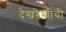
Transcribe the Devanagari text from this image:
देखरेखीची